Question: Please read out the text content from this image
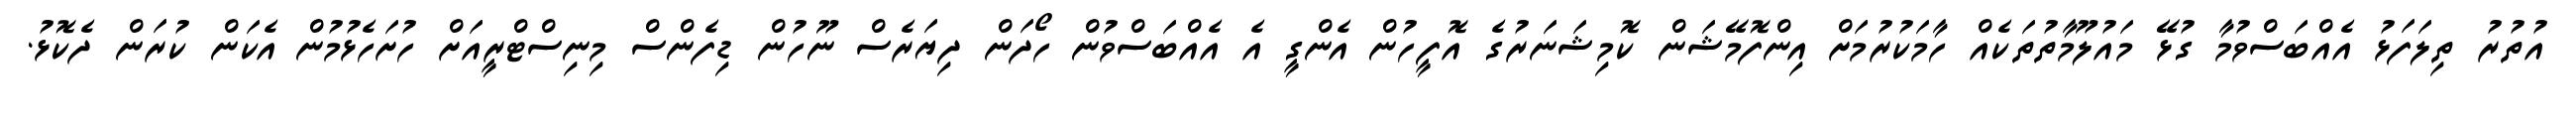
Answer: އުތުރު ތިލަފަޅު އެއްބަސްވުމާ ގުޅޭ މައުލޫމާތުތަކެއް ހާމަކުރުމަށް އިންފޮމޭޝަން ކޮމިޝަނަރުގެ އޮފީހުން އެންގީ އެ އެއްބަސްވުން ހޯދަން ދިޔަރެސް ނޫހުން ޑިފެންސް މިނިސްޓްރީއަށް ހުށަހެޅުމުން އެކަން ކުރަން ދެކޮޅު.